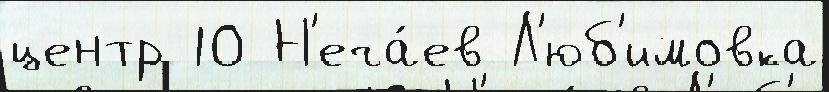
центр 10 Н'еча́ев Л'юб'имовка